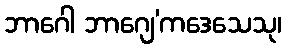
ဘာဂေါ ဘာဂျေ’ကဒေသေသု၊